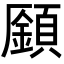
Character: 𩔟